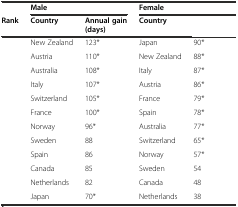
<table><thead><tr><td>[EMPTY_CELL]</td><td colspan="2"><b>Male</b></td><td colspan="2"><b>Female</b></td></tr><tr><td><b>Rank</b></td><td><b>Country</b></td><td><b>Annual gain (days)</b></td><td><b>Country</b></td><td>[EMPTY_CELL]</td></tr></thead><tbody><tr><td>[EMPTY_CELL]</td><td>New Zealand</td><td>123*</td><td>Japan</td><td>90*</td></tr><tr><td>[EMPTY_CELL]</td><td>Austria</td><td>110*</td><td>New Zealand</td><td>88*</td></tr><tr><td>[EMPTY_CELL]</td><td>Australia</td><td>108*</td><td>Italy</td><td>87*</td></tr><tr><td>[EMPTY_CELL]</td><td>Italy</td><td>107*</td><td>Austria</td><td>86*</td></tr><tr><td>[EMPTY_CELL]</td><td>Switzerland</td><td>105*</td><td>France</td><td>79*</td></tr><tr><td>[EMPTY_CELL]</td><td>France</td><td>100*</td><td>Spain</td><td>78*</td></tr><tr><td>[EMPTY_CELL]</td><td>Norway</td><td>96*</td><td>Australia</td><td>77*</td></tr><tr><td>[EMPTY_CELL]</td><td>Sweden</td><td>88</td><td>Switzerland</td><td>65*</td></tr><tr><td>[EMPTY_CELL]</td><td>Spain</td><td>86</td><td>Norway</td><td>57*</td></tr><tr><td>[EMPTY_CELL]</td><td>Canada</td><td>85</td><td>Sweden</td><td>54</td></tr><tr><td>[EMPTY_CELL]</td><td>Netherlands</td><td>82</td><td>Canada</td><td>48</td></tr><tr><td>[EMPTY_CELL]</td><td>Japan</td><td>70*</td><td>Netherlands</td><td>38</td></tr></tbody></table>